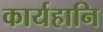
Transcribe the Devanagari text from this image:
कार्यहानि